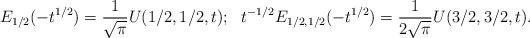
LaTeX: \begin{align*}E_{1/2}(-t^{1/2})=\frac{1}{\sqrt\pi} U(1/2,1/2,t);\ \ t^{-1/2}E_{1/2,1/2}(-t^{1/2})=\frac{1}{2\sqrt\pi} U(3/2,3/2,t).\end{align*}